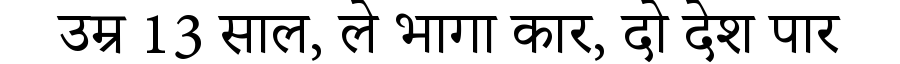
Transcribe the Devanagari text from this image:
उम्र 13 साल, ले भागा कार, दो देश पार